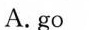
A. go